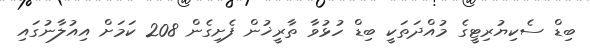
ބިޑް ސެކިޔުރިޓީގެ މުއްދަތަކީ ބިޑް ހުޅުވާ ތާރީޚުން ފެށިގެން 208 ކަމަށް އިއުލާނުގައި